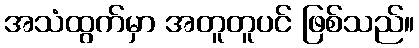
အသံထွက်မှာ အတူတူပင် ဖြစ်သည်။